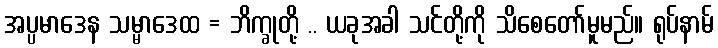
အပ္ပမာဒေန သမ္မာဒေထ = ဘိက္ခုတို့ .. ယခုအခါ သင်တို့ကို သိစေတော်မူမည်။ ရုပ်နာမ်